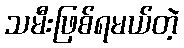
သမီးဖြစ်ရမယ်တဲ့